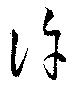
許